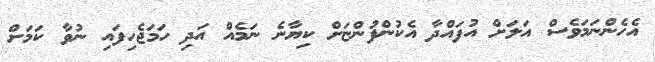
އެހެންނަމަވެސް އަލަށް އުފައްދާ އެކުންފުންޏަށް ކިޔާނެ ނަމެއް އަދި ހަމަޖެހިފައި ނުވާ ކަމަށް